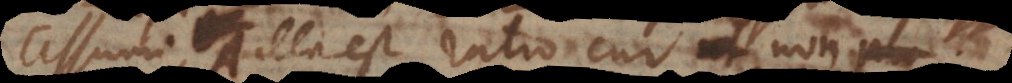
assumi A, illa est ratio cur non